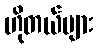
ဟိုတယ်များ